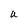
Character: U